65_HS1-834228961_62-HQ-83894_Section_3
Agency: FBI
Page 148
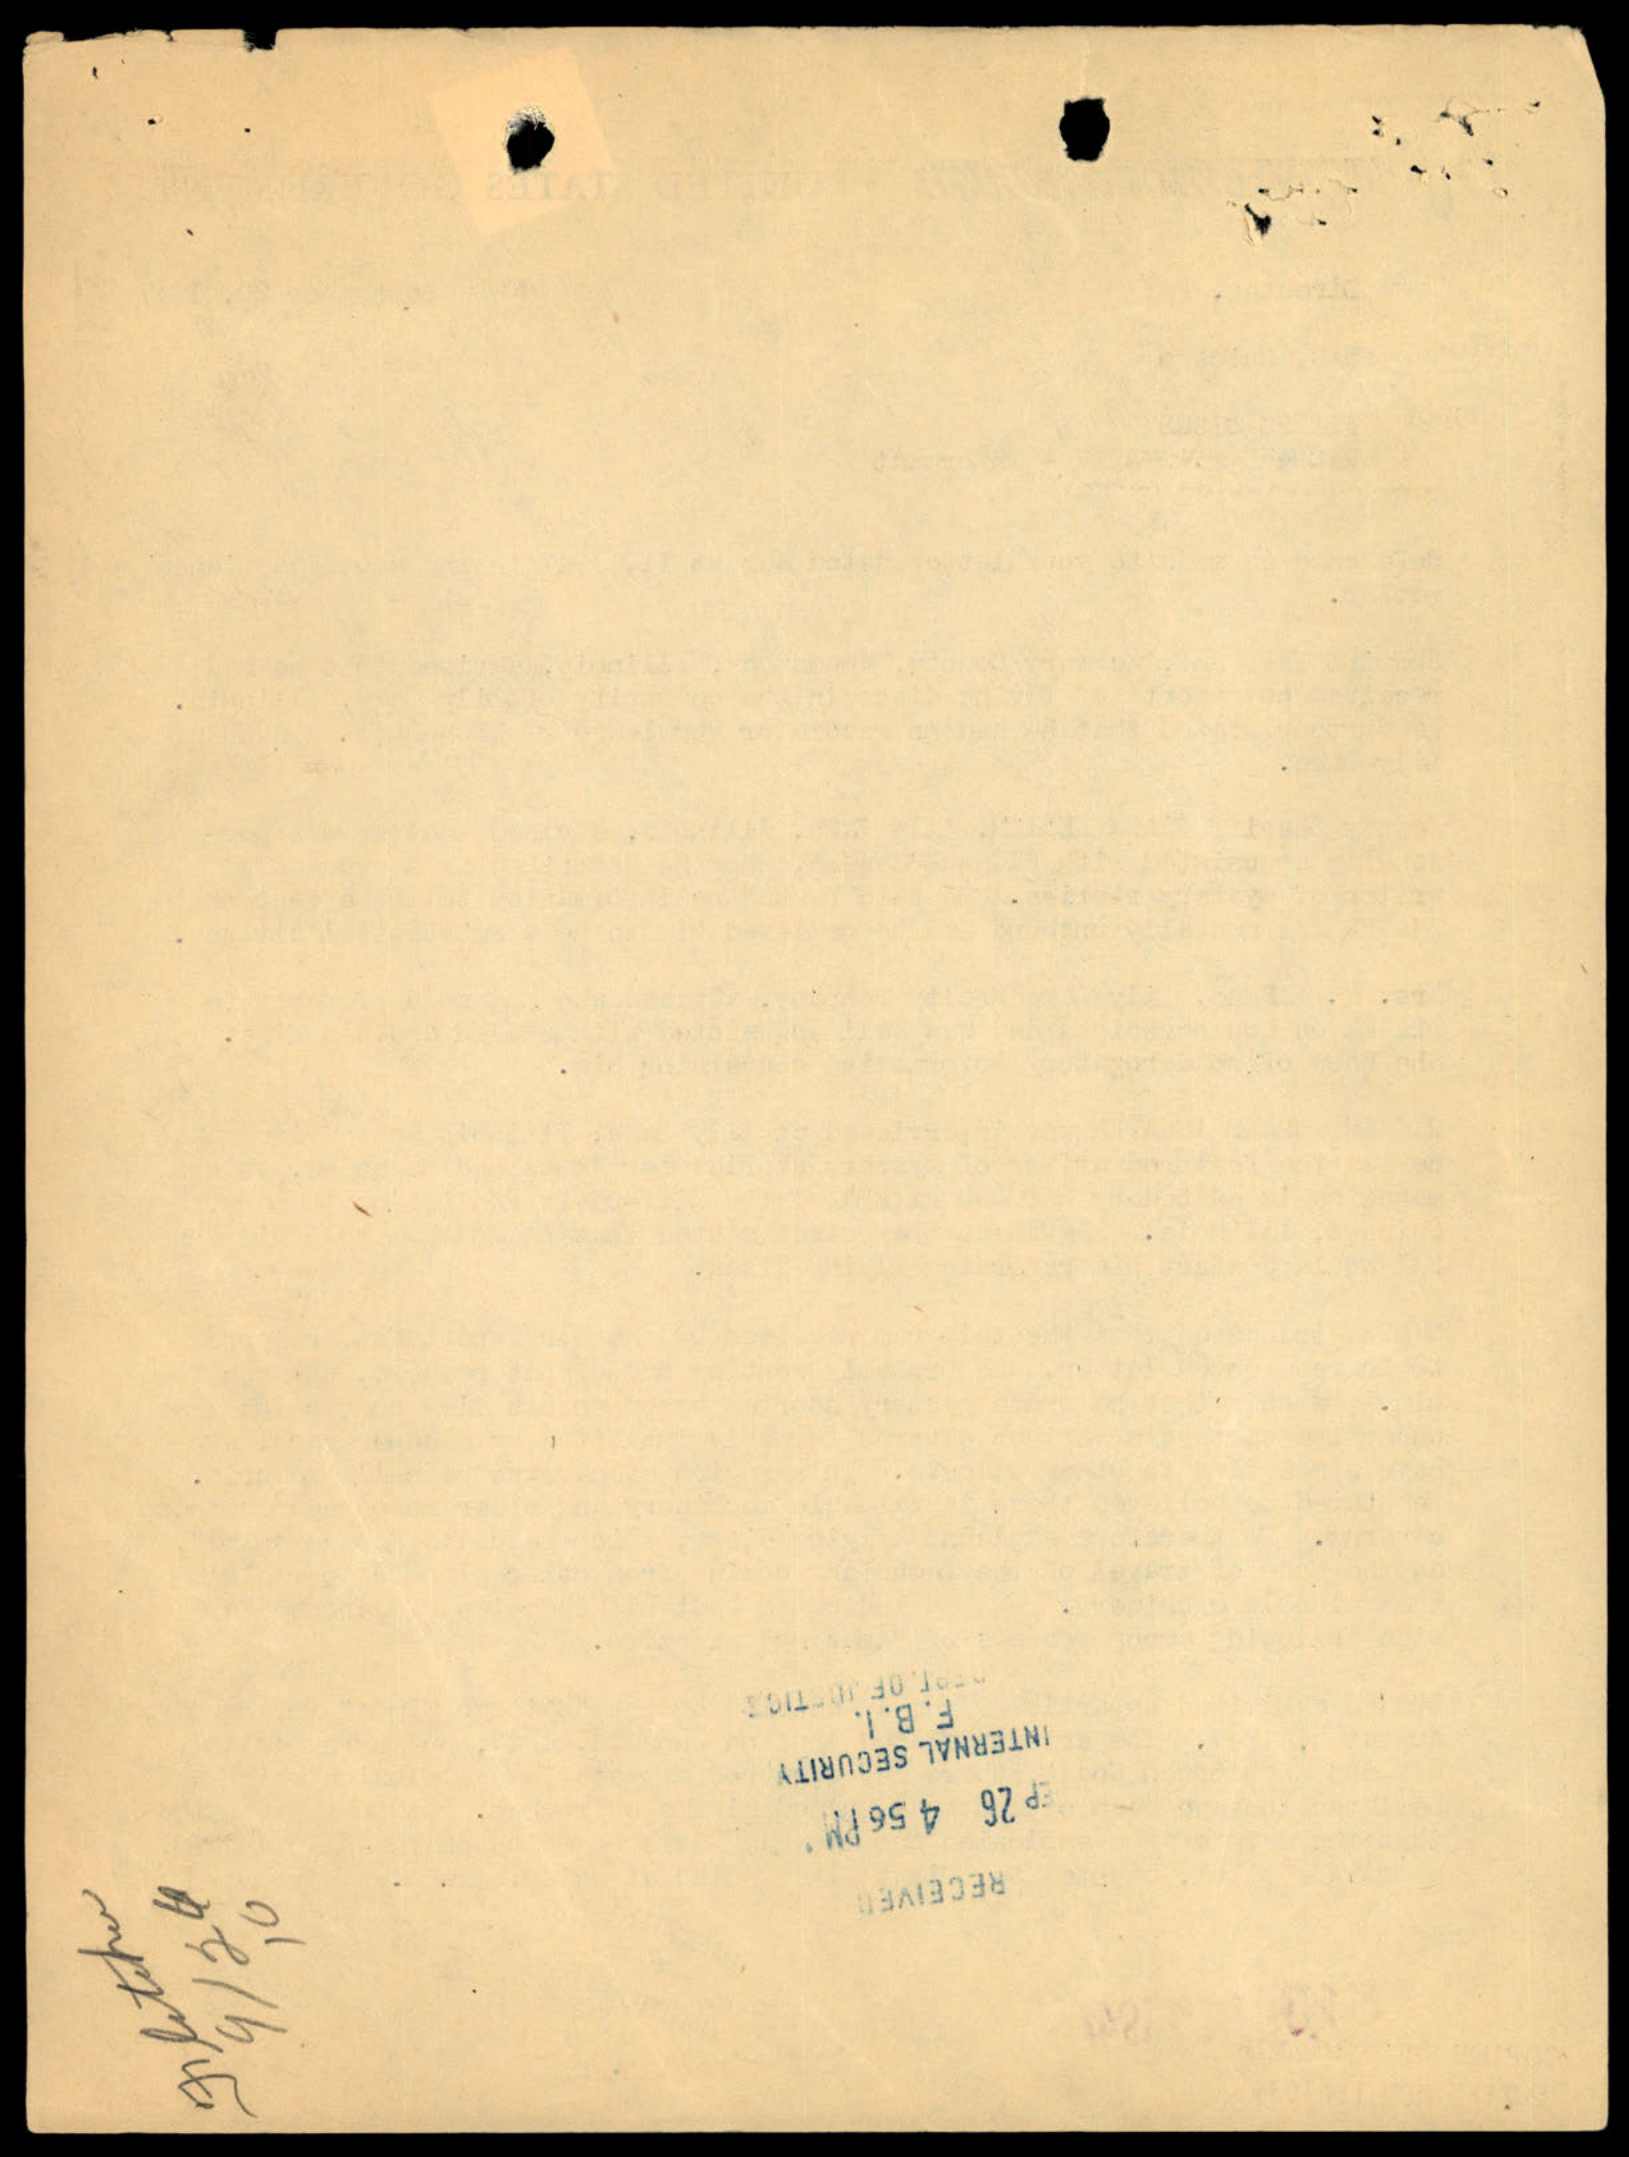